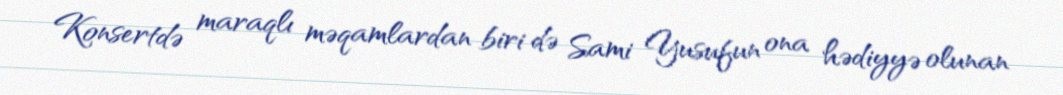
Konsertdə maraqlı məqamlardan biri də Sami Yusufun ona hədiyyə olunan